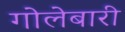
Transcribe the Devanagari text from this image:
गोलेबारी